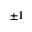
\pm 1